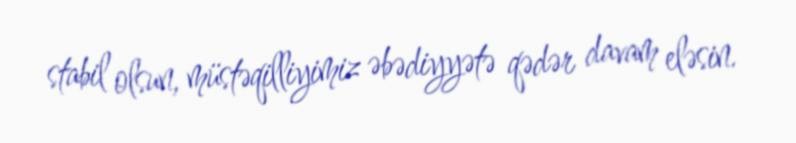
stabil olsun, müstəqilliyimiz əbədiyyətə qədər davam eləsin.